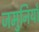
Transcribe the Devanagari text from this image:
जमुनियाँ